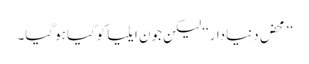
’’محض دنیادار‘‘ لیکن جون ایلیا کو کیا ہوگیا۔